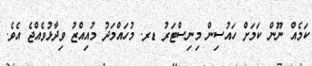
ކަމެއް ނޫން ކަމަށް ހައުސިން މިނިސްޓަރު ޑރ. މުހައްމަދު މުއިއްޒު ވިދާޅުވެއްޖެ އެވެ.